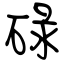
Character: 碌